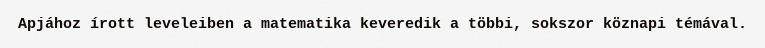
Apjához írott leveleiben a matematika keveredik a többi, sokszor köznapi témával.